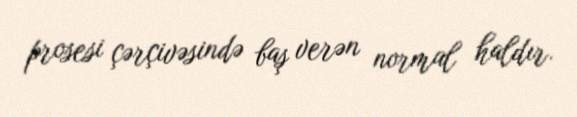
prosesi çərçivəsində baş verən normal haldır.